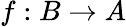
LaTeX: f:B\rightarrow A